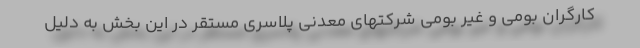
کارگران بومی و غیر بومی شرکتهای معدنی پلاسری مستقر در این بخش به دلیل